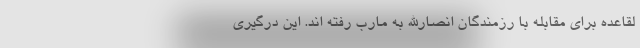
لقاعده برای مقابله با رزمندگان انصارالله به مارب رفته اند. این درگیری